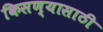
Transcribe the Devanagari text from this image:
किसण्यासाठी